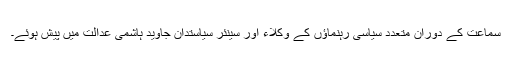
سماعت کے دوران متعدد سیاسی رہنماؤں کے وکلاء اور سینئر سیاستدان جاوید ہاشمی عدالت میں پیش ہوئے۔